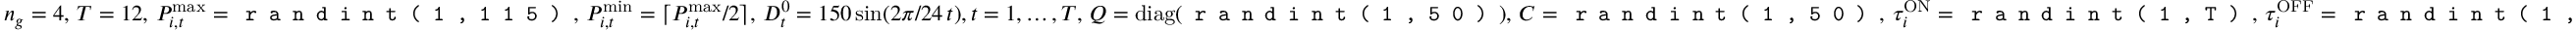
n _ { g } = 4 , \, T = 1 2 , \, P _ { i , t } ^ { \operatorname* { m a x } } = \texttt { r a n d i n t ( 1 , 1 1 5 ) } , \, P _ { i , t } ^ { \operatorname* { m i n } } = \lceil P _ { i , t } ^ { \operatorname* { m a x } } / 2 \rceil , \, D _ { t } ^ { 0 } = 1 5 0 \sin ( 2 \pi / 2 4 \, t ) , t = 1 , \ldots , T , \, Q = \mathrm { d i a g } ( \texttt { r a n d i n t ( 1 , 5 0 ) } ) , \, C = \texttt { r a n d i n t ( 1 , 5 0 ) } , \, \tau _ { i } ^ { \mathrm { O N } } = \texttt { r a n d i n t ( 1 , T ) } , \, \tau _ { i } ^ { \mathrm { O F F } } = \texttt { r a n d i n t ( 1 , T ) } , \forall i \in \mathcal { G }